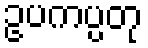
ဥပကပ္ပတု